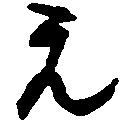
元